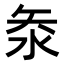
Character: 𭰋